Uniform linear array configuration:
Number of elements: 64
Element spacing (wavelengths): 0.75
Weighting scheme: hann
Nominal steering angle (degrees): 60
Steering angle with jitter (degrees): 61.905
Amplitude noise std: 0.05
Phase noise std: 0.05

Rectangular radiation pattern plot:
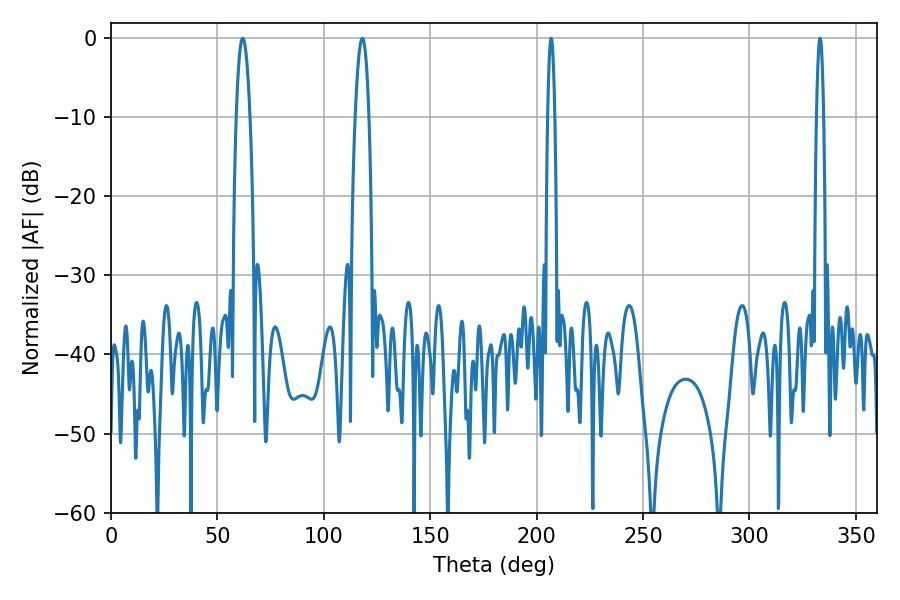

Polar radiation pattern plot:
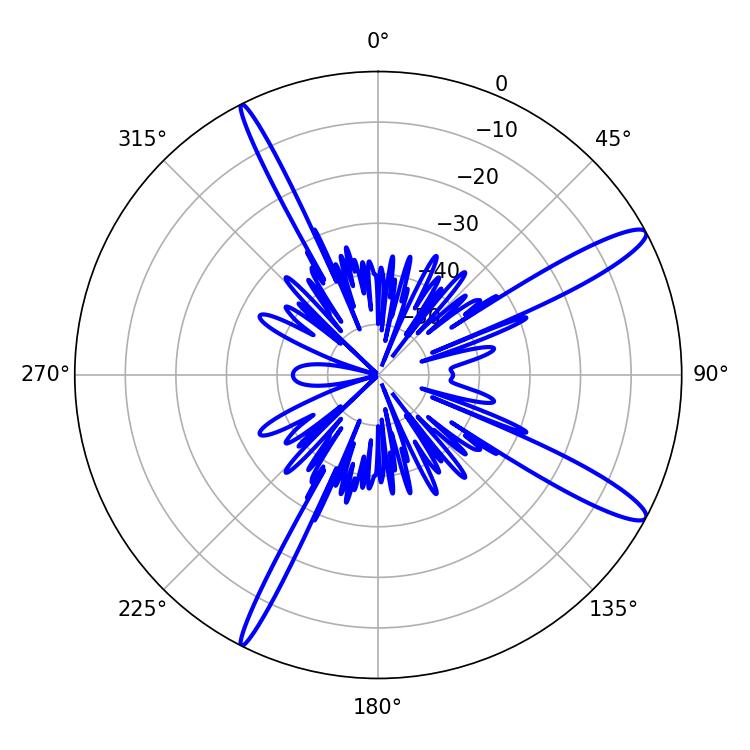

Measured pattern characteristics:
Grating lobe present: TRUE
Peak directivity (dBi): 13.599
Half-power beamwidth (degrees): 1.8
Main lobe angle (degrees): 206.82